Report of the Bombay Plague Committee
Disease focus: Plague
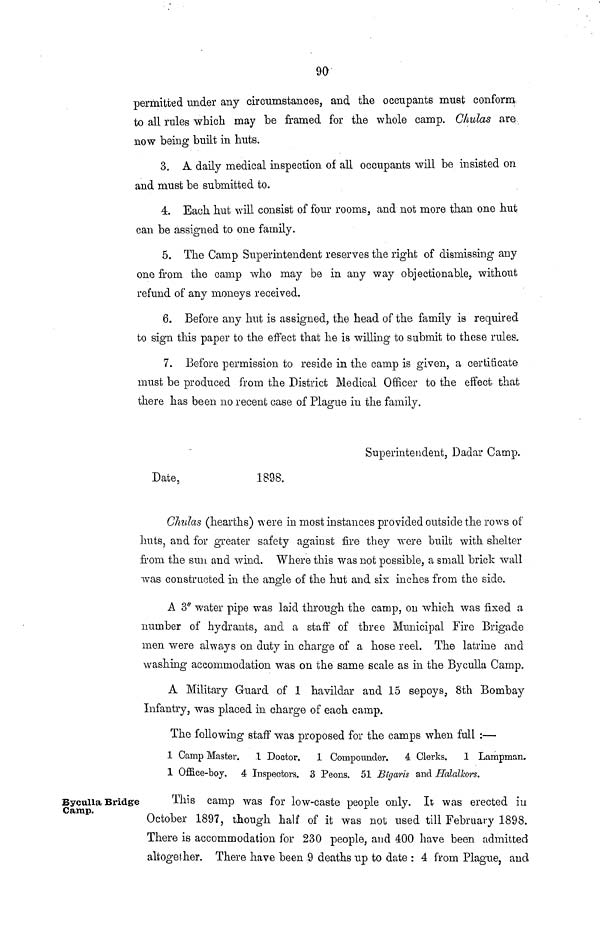
90
permitted under any circumstances, and the occupants must conform
to all rules which may be framed for the whole camp. Chulas are
now being built in huts.
3. A daily medical inspection of all occupants will be insisted on
and must be submitted to.
4. Each hut will consist of four rooms, and not more than one hut
can be assigned to one family.
5. The Camp Superintendent reserves the right of dismissing any
one from the camp who may be in any way objectionable, without
refund of any moneys received.
6. Before any hut is assigned, the head of the family is required
to sign this paper to the effect that he is willing to submit to these rules.
7. Before permission to reside in the camp is given, a certificate
must be produced from the District Medical Officer to the effect that
there has been no recent case of Plague in the family.
Superintendent, Dadar Camp,
Date,
1898.
Chulas (hearths) were in most instances provided outside the rows of
huts, and for greater safety against fire they were built with shelter
from the sun and wind. Where this was not possible, a small brick wall
was constructed in the angle of the hut and sis inches from the side.
A 3" water pipe was laid through the camp, on which was fixed a
number of hydrants, and a staff of three Municipal Fire Brigade
men were always on duty in charge of a hose reel. The latrine and
washing accommodation was on the same scale as in the Byculla Camp.
A Military Guard of 1 havildar and 15 sepoys, 8th Bombay
Infantry, was placed in charge of each camp.
The following staff was proposed for the camps when full :—
1 Camp Master. .1 Doctor. 1 Compounder. 4 Clerks.
1 Lampman.
1 Office-boy. 4 Inspectors. 3 Peons. 51 Bigaris and Halalkors.
Byculla Bridge
Camp.
This camp was for low-caste people only. It was erected in
October 1897, though half of it was not used till February 1898.
There is accommodation for 230 people, and 400 have been admitted
altogether. There have been 9 deaths up to date : 4 from Plague, and